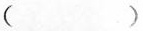
（）